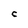
Character: C